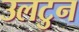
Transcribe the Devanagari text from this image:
उलटुन